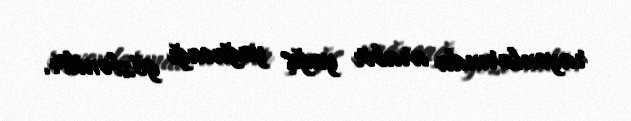
rayonlarında arabir yağış yağacağı gözlənilir.